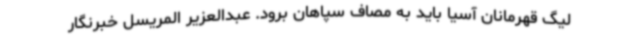
لیگ قهرمانان آسیا باید به مصاف سپاهان برود. عبدالعزیر المریسل خبرنگار